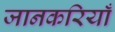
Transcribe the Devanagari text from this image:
जानकरियाँ